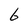
Character: 6